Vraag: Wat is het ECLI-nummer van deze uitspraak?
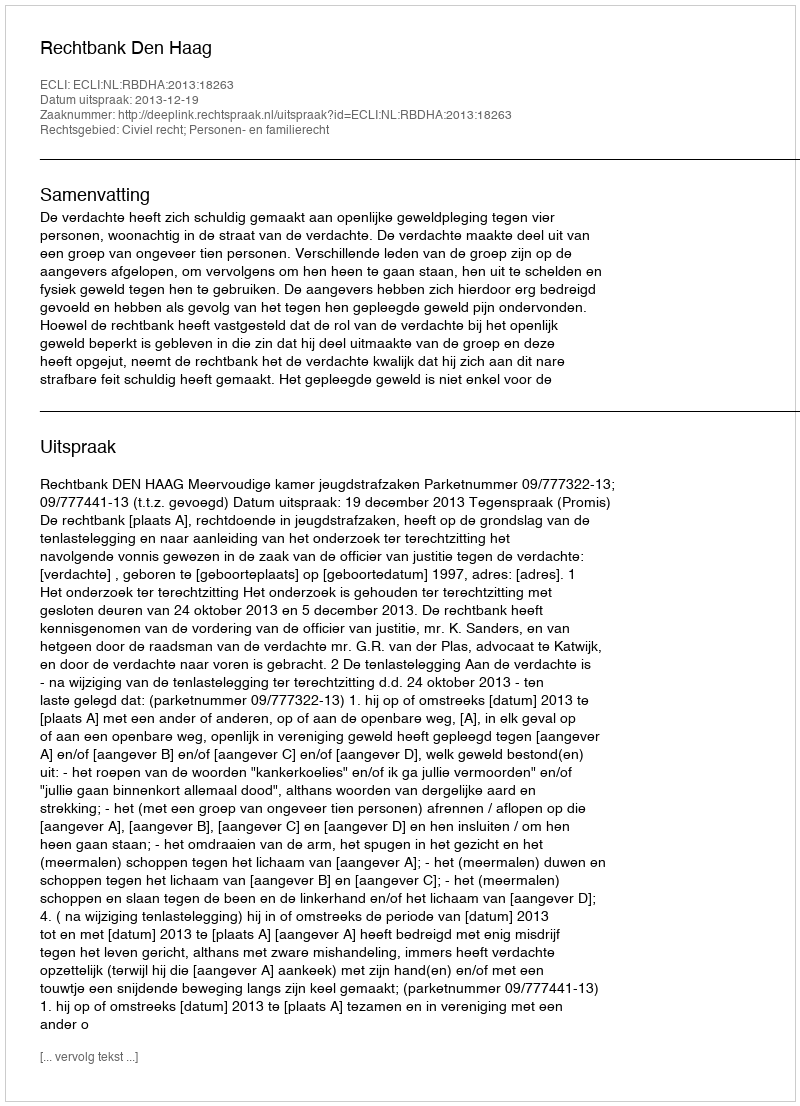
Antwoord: ECLI:NL:RBDHA:2013:18263